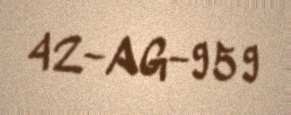
42-AG-959